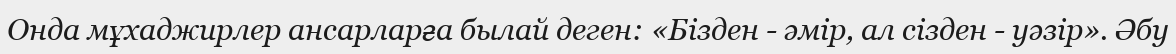
Онда мұхаджирлер ансарларға былай деген: «Бізден - әмір, ал сізден - уәзір». Әбу